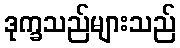
ဒုက္ခသည်များသည်